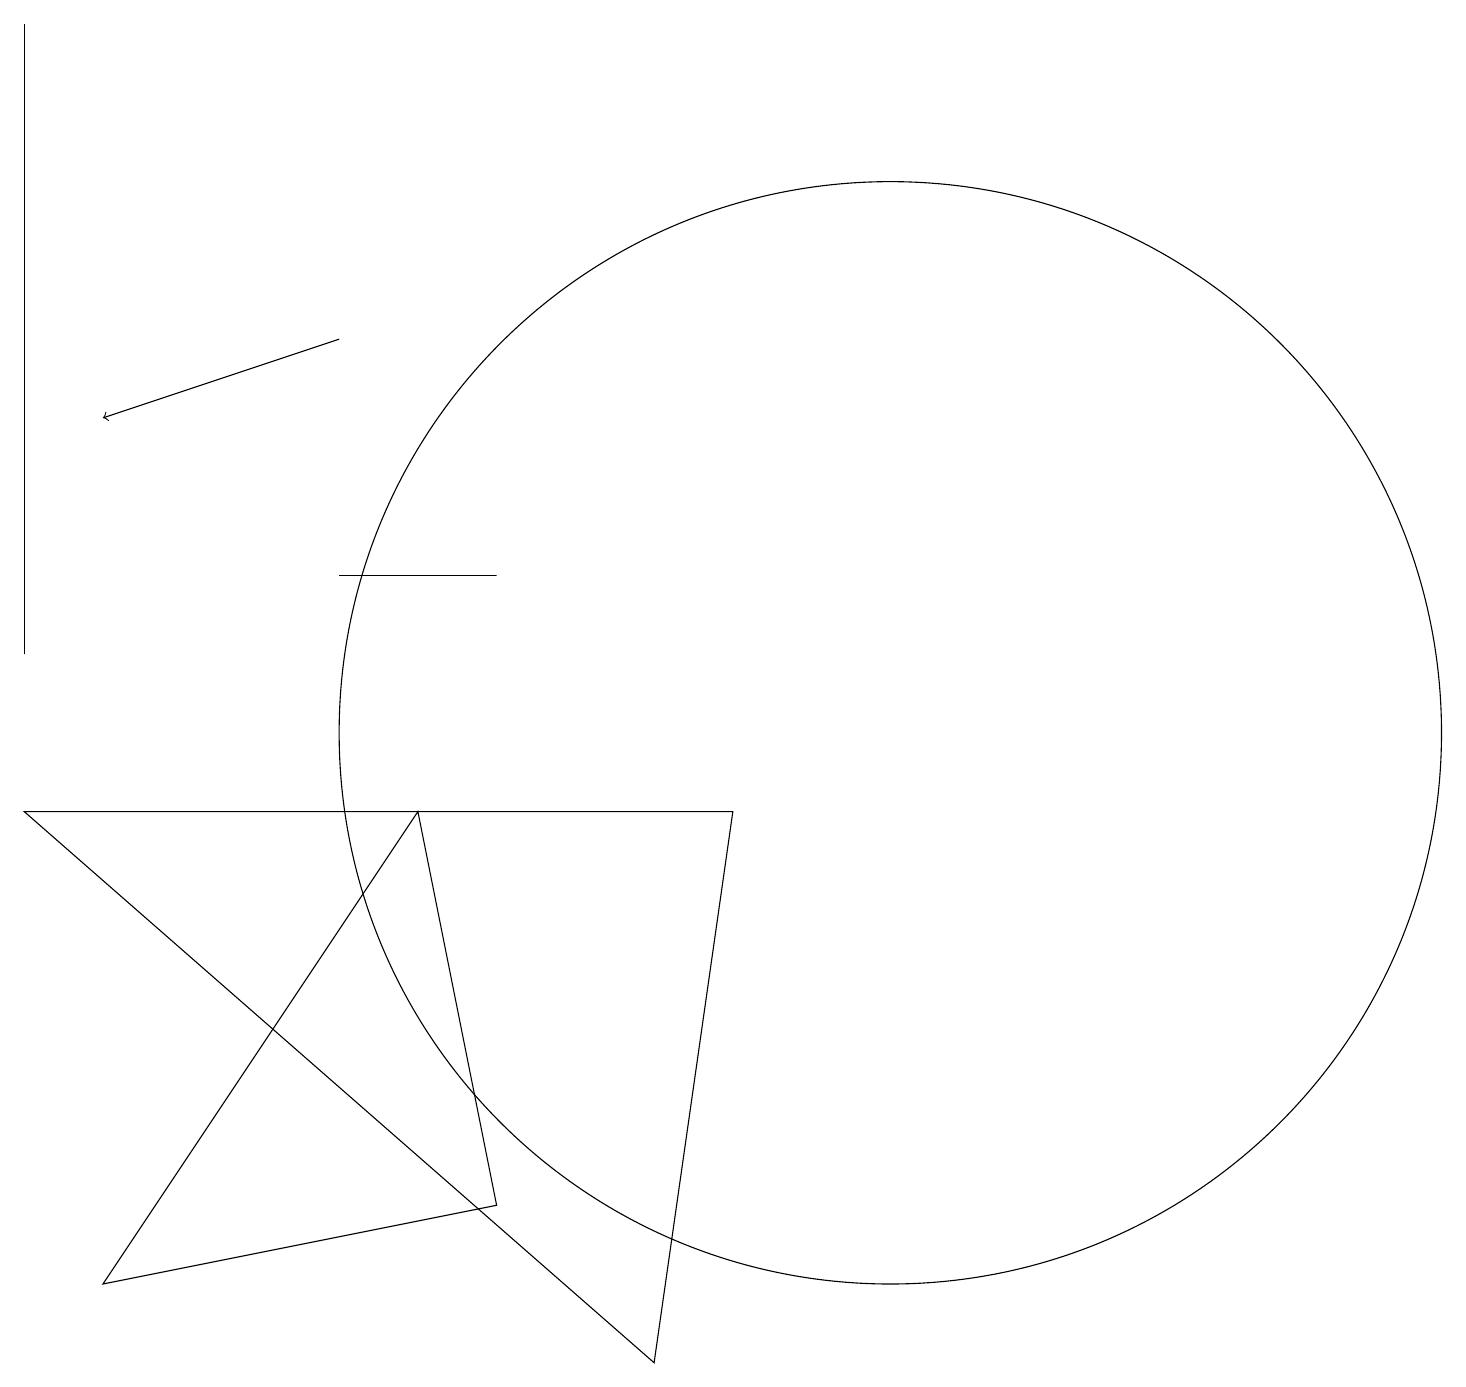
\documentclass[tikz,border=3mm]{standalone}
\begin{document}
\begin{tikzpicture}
\draw[->] (4,15) -- (1,14);
\draw (6,12) rectangle (4,12);
\draw (11,10) circle (7);
\draw (1,3) -- (6,4) -- (5,9) -- cycle;
\draw (0,9) -- (9,9) -- (8,2) -- cycle;
\draw (0,19) rectangle (0,11);
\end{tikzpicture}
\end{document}